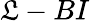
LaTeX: \mathfrak{L}-BI